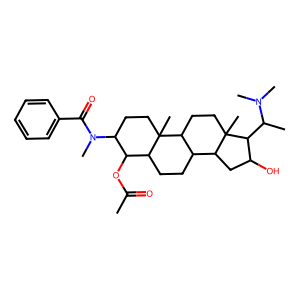
SMILES: CC(=O)OC1C(N(C)C(=O)c2ccccc2)CCC2(C)C3CCC4(C)C(CC(O)C4C(C)N(C)C)C3CCC12
Inhibits HIV replication: No